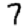
Digit: 7